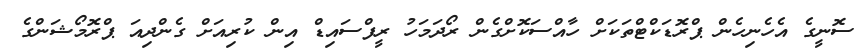
ސޮނީގެ އެހެނިހެން ޕްރޮޑަކްޓްތަކަށް ހާއްސަކޮށްގެން ރޯދަމަހު ރީފްސައިޑް އިން ކުރިއަށް ގެންދިއަ ޕްރޮމޯޝަންގެ